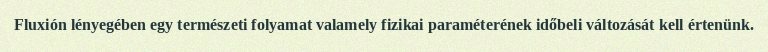
Fluxión lényegében egy természeti folyamat valamely fizikai paraméterének időbeli változását kell értenünk.